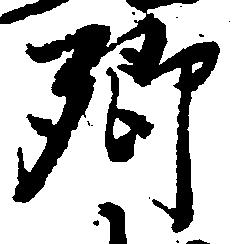
郷